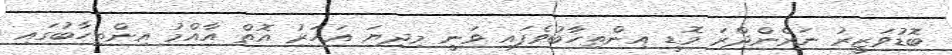
ބޮޑުވަޒީރު ނަރެންދްރަ މޮޑީ އިންތިހާބުވެފައި ވަނީ މިދިޔަ އަހަރު އޮތް އާއްމު އިންތިހާބުގައި